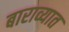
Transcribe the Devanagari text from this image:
बाराव्यात